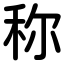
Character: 称